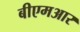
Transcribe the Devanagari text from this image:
बीएमआर